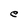
Character: e